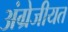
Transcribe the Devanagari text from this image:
अंग्रेजीयत